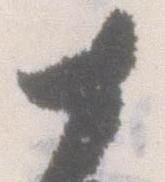
十